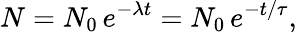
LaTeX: N=N_{0}\, e^{-{\lambda}t}=N_{0}\, e^{-t/\tau},\,